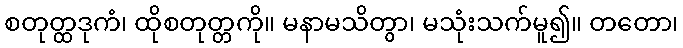
စတုတ္ထဒုကံ၊ ထိုစတုတ္တကို။ မနာမသိတွာ၊ မသုံးသက်မူ၍။ တတော၊